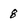
Character: 8